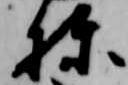
棟